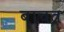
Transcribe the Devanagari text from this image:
बाचत